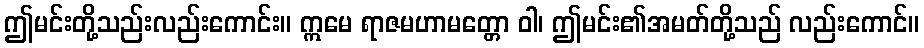
ဤမင်းတို့သည်းလည်းကောင်း။ ဣမေ ရာဇမဟာမတ္တော ဝါ၊ ဤမင်း၏အမတ်တို့သည် လည်းကောင်။